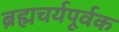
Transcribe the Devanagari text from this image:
ब्रह्मचर्यपूर्वक